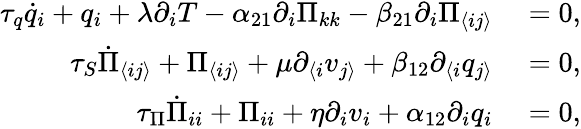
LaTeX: \begin{array}{rl}{\tau_{q}\dot{q}_{i}+q_{i}+\lambda\partial_{i}T-\alpha_{21}\partial_{i}\Pi_{kk}-\beta_{21}\partial_{i}\Pi_{\langle ij\rangle}}&{{}=0,}\\ {\tau_{S}\dot{\Pi}_{\langle ij\rangle}+\Pi_{\langle ij\rangle}+\mu\partial_{\langle i}v_{j\rangle}+\beta_{12}\partial_{\langle i}q_{j\rangle}}&{{}=0,}\\ {\tau_{\Pi}\dot{\Pi}_{ii}+\Pi_{ii}+\eta\partial_{i}v_{i}+\alpha_{12}\partial_{i}q_{i}}&{{}=0,}\end{array}